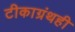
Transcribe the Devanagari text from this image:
टीकाग्रंथही